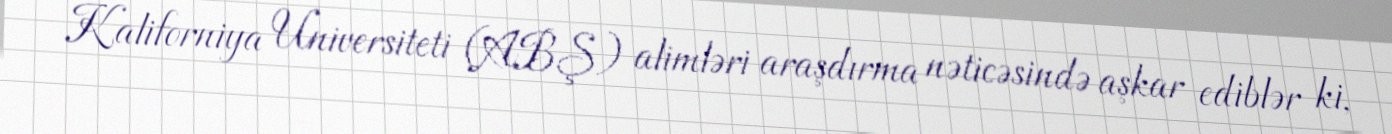
Kaliforniya Universiteti (ABŞ) alimləri araşdırma nəticəsində aşkar ediblər ki,